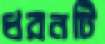
ধরনটি